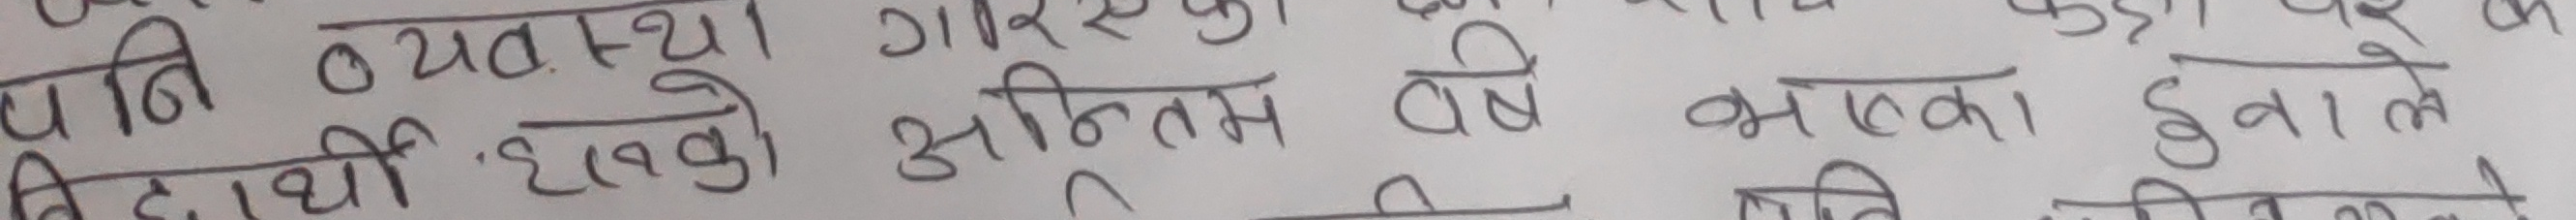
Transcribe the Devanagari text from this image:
पनि व्यवस्था गरिएको
विद्यार्थी हरुको अन्तिम वर्ष भएको हुनाले